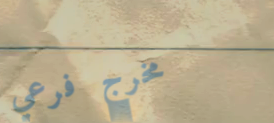
مخرج فرعي